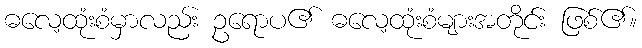
ဓလေ့ထုံးစံမှာလည်း ဥရောပ၏ ဓလေ့ထုံးစံများအတိုင်း ဖြစ်၏။